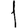
Digit: 1